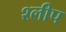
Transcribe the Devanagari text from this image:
श्लीप